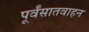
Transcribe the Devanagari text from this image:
पूर्वंसातवाहन